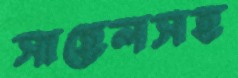
সাহেলসহ